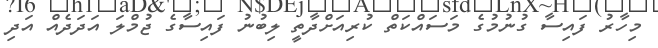
މިހާރު ފައިސާ ގުނުމުގެ މަސައްކަތް ކުރިއަށްދާތީ ލިބުނު ފައިސާގެ ޖުމްލަ އަދަދެއް އަދި